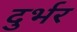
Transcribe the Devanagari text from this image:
दुर्भर